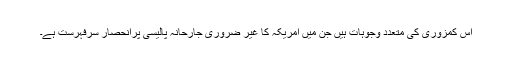
اس کمزوری کی متعدد وجوہات ہیں جن میں امریکہ کا غیر ضروری جارحانہ پالیسی پرانحصار سرفہرست ہے۔